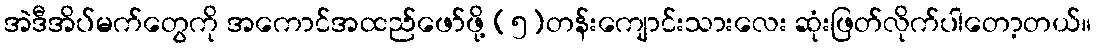
အဲဒီအိပ်မက်တွေကို အကောင်အထည်ဖော်ဖို့ (၅)တန်းကျောင်းသားလေး ဆုံးဖြတ်လိုက်ပါတော့တယ်။